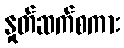
နှုတ်ဆက်စကား